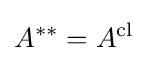
A^{**}=A^{\text{cl}}